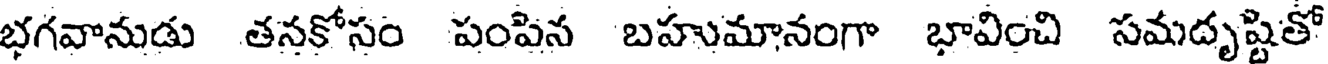
భగవానుడు తనకోసం పంపిన బహుమానంగా భావించి సమదృష్టితో